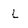
Character: L